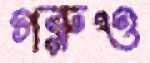
গরুও